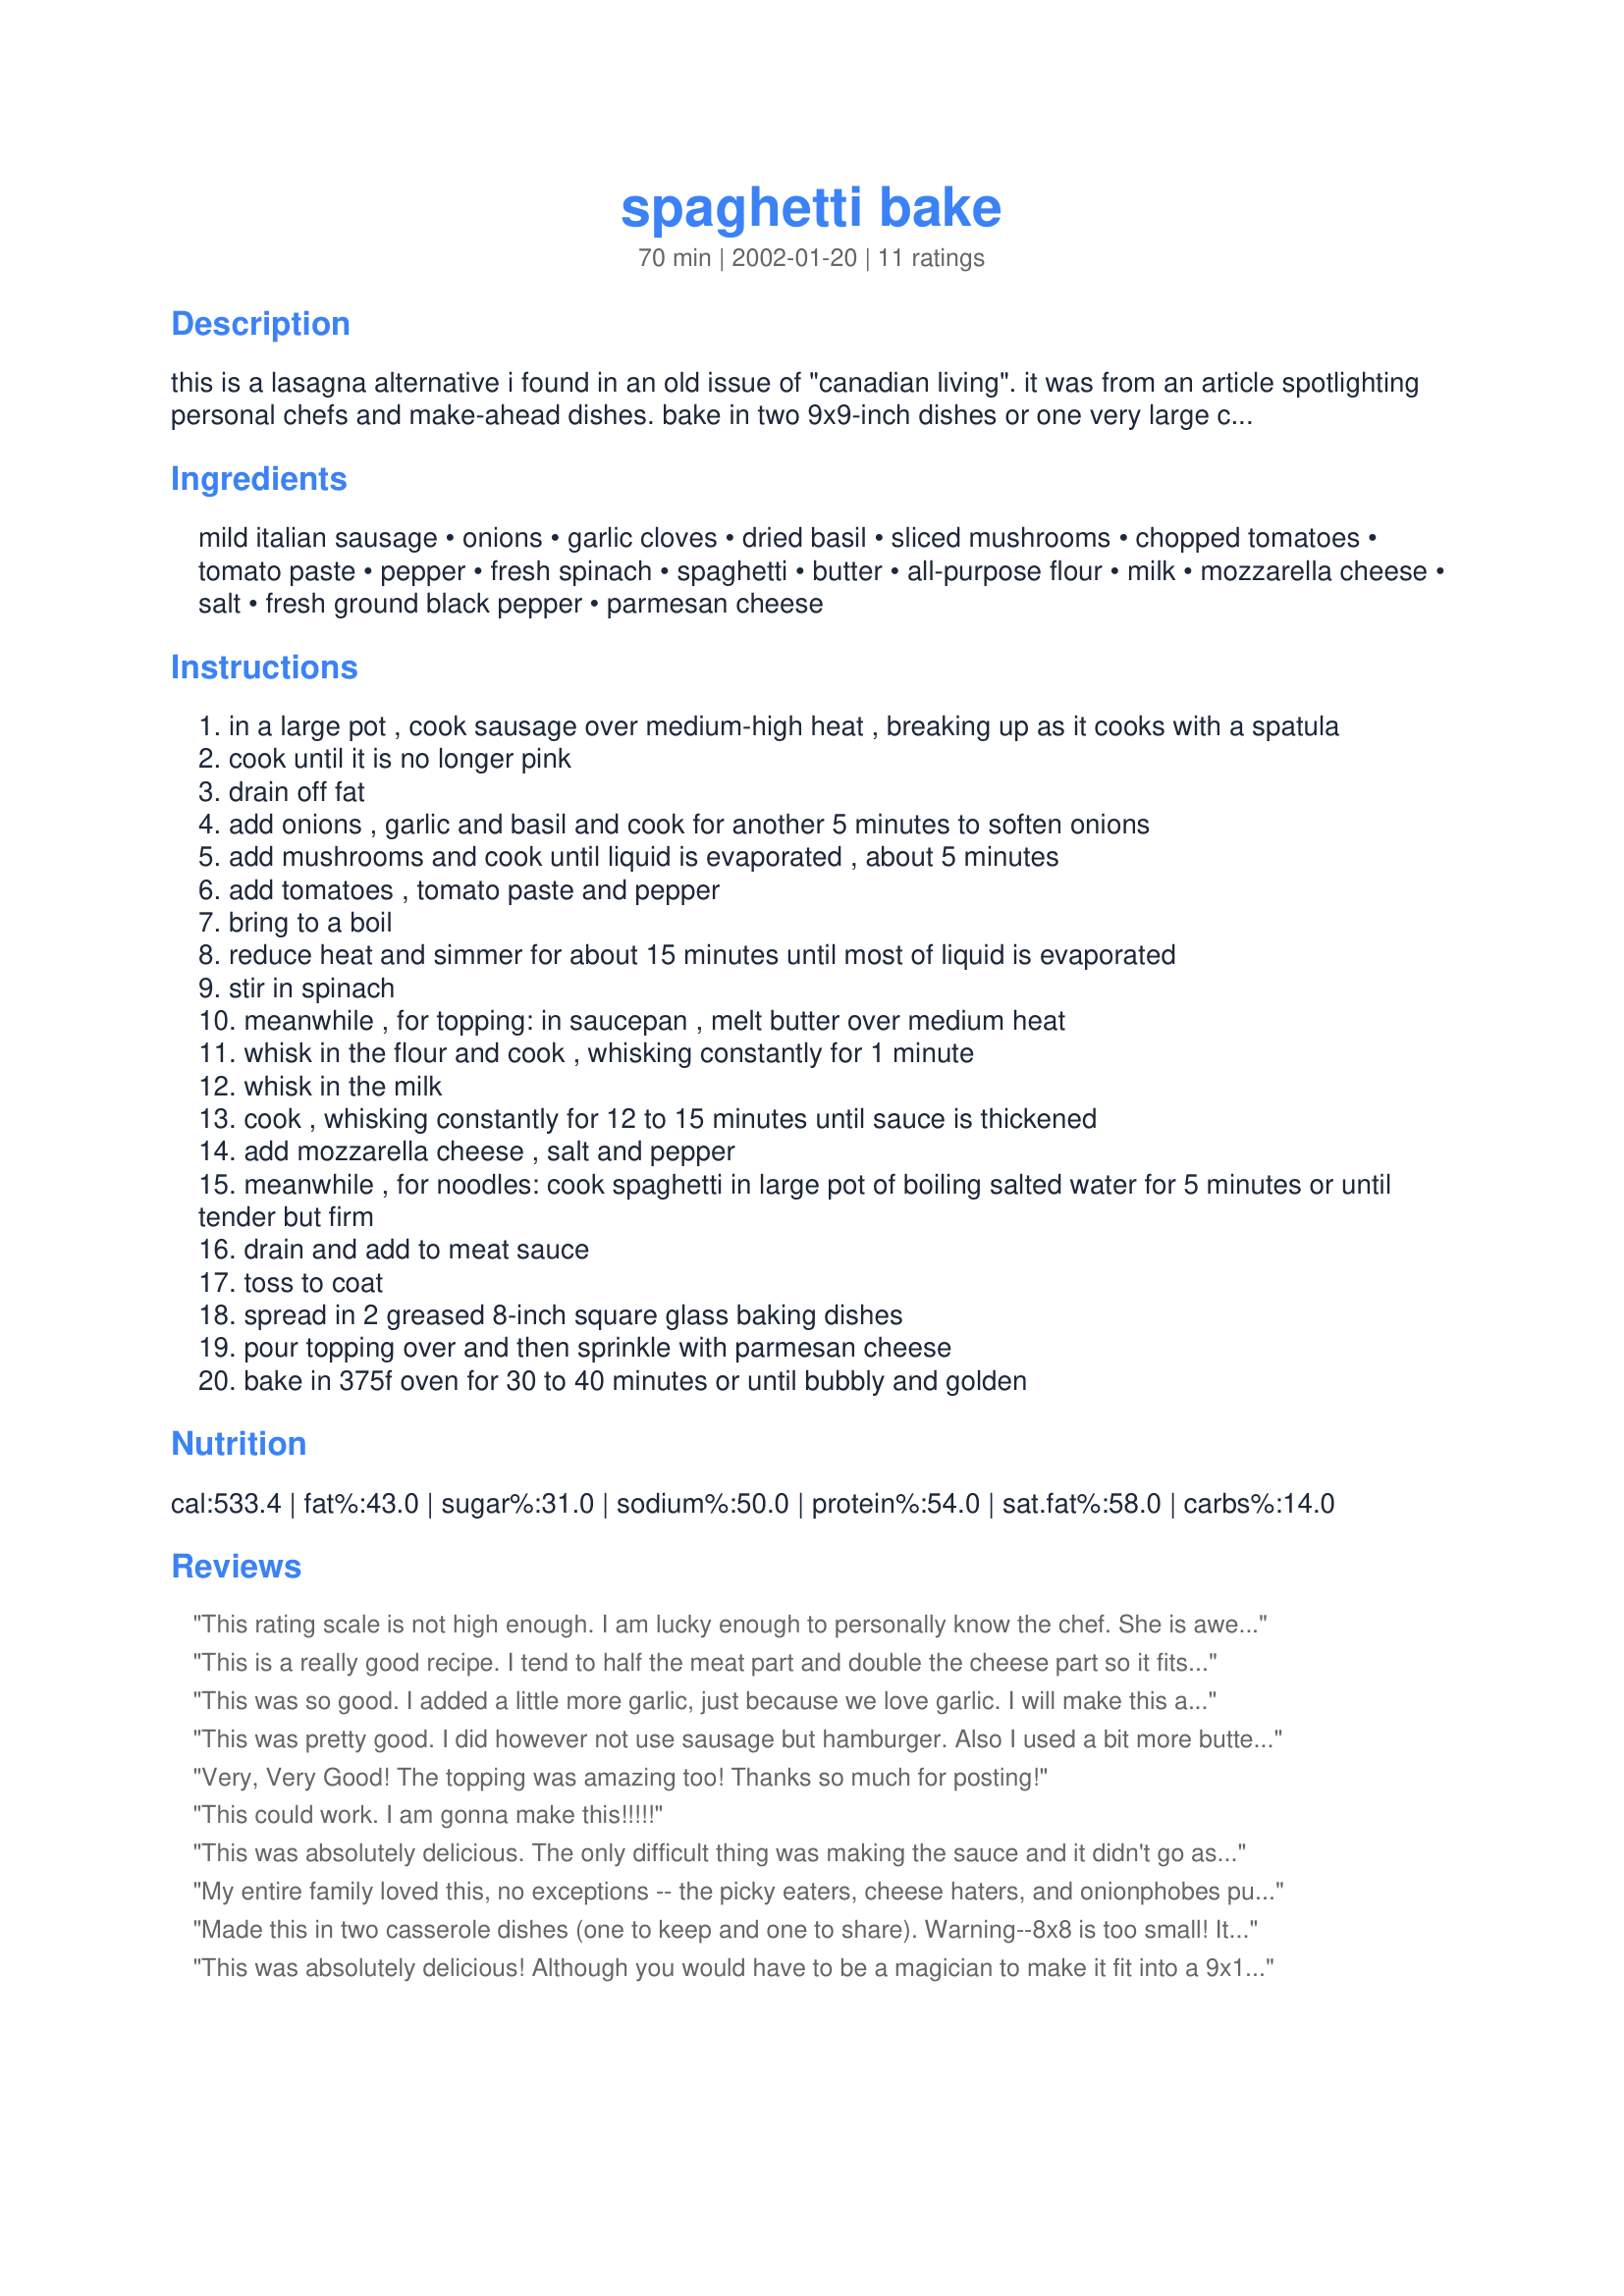
spaghetti bake
Preparation time: 70 minutes

this is a lasagna alternative i found in an old issue of "canadian living". it was from an article spotlighting personal chefs and make-ahead dishes. bake in two 9x9-inch dishes or one very large casserole. chef note: after making this several times, i prefer to make the "topping" more cheesy. i reduce flour to 1/4 cup and reduce milk to 2 cups, increasing cheese to a generous 1 cups mozzarella cheese with another half cup or more sprinkled over top.

Ingredients:
mild italian sausage, onions, garlic cloves, dried basil, sliced mushrooms, chopped tomatoes, tomato paste, pepper, fresh spinach, spaghetti, butter, all-purpose flour, milk, mozzarella cheese, salt, fresh ground black pepper, parmesan cheese

Steps:
in a large pot , cook sausage over medium-high heat , breaking up as it cooks with a spatula
cook until it is no longer pink
drain off fat
add onions , garlic and basil and cook for another 5 minutes to soften onions
add mushrooms and cook until liquid is evaporated , about 5 minutes
add tomatoes , tomato paste and pepper
bring to a boil
reduce heat and simmer for about 15 minutes until most of liquid is evaporated
stir in spinach
meanwhile , for topping: in saucepan , melt butter over medium heat
whisk in the flour and cook , whisking constantly for 1 minute
whisk in the milk
cook , whisking constantly for 12 to 15 minutes until sauce is thickened
add mozzarella cheese , salt and pepper
meanwhile , for noodles: cook spaghetti in large pot of boiling salted water for 5 minutes or until tender but firm
drain and add to meat sauce
toss to coat
spread in 2 greased 8-inch square glass baking dishes
pour topping over and then sprinkle with parmesan cheese
bake in 375f oven for 30 to 40 minutes or until bubbly and golden

Reviews:
This rating scale is not high enough. I am lucky enough to personally know the chef. She is awesome. I see the recipe, but it must be the chef. I am willing to camp out in front of the house (for at least 2 nights)if I can have some more of the Spaghetti Bake. You just don't know. This is some good stuff. I am a protein kind of gut, but I am willing to give it up for this. 10 stars is my rating, but I guess we'll have to go with 5 for now. Cudos to the chef!!!
This is a really good recipe. I tend to half the meat part and double the cheese part so it fits in one 9x 13. I also use spicy sausage sometimes and have used other veggies, like peppers and zucchini one day when I didn't have mushrooms.
This was so good. I added a little more garlic, just because we love garlic. I will make this again...and again...and again.
This was pretty good. I did however not use sausage but hamburger. Also I used a bit more butter in the toppin. I thought this was good and so did the family. Its almost like a recipe I have. Maybe I will try it with the sausage next time.
Very, Very Good! The topping was amazing too! Thanks so much for posting!
This could work. I am gonna make this!!!!!
This was absolutely delicious. The only difficult thing was making the sauce and it didn't go as planned but with a little improvisation, we managed to make it work! The flavours were amazing and it won't be long before we make this again because it was yummy!!! NOTES: We didn't put any mushrooms in as I'm not a big fan of them, and we didn't use any parmesan cheese, but it still tasted great.
My entire family loved this, no exceptions -- the picky eaters, cheese haters, and onionphobes put their differences aside and agreed that this was amazing! I did leave out the mushrooms, and used turkey sausage to cut the fat content a bit. This is a fantastically flavorful and delicious way to use up old spaghetti!
Made this in two casserole dishes (one to keep and one to share). Warning--8x8 is too small! It was spilling out over the edge when it was baking. I'd use at least 10x10 for 2 or a VERY large casserole dish for one. ...and OMG absolutely delicious!
This was absolutely delicious! Although you would have to be a magician to make it fit into a 9x13 pan. I went exactly by the recipe and had to use a deep lasagna/roaster pan and it was filled to the top! There's just me & my husband in the household & we had plenty to spare, so he took it to work for his buddies to try out. There were seven who dug into it and they loved it! In fact, one wanted the recipe! This would make a great potluck dish for any big gathering.
Recipe was absolutely awesome. I've cooked it for my supper club and for potluck at a local bar. It's very well liked by everyone who has eaten it. I would recommend it to anyone.
